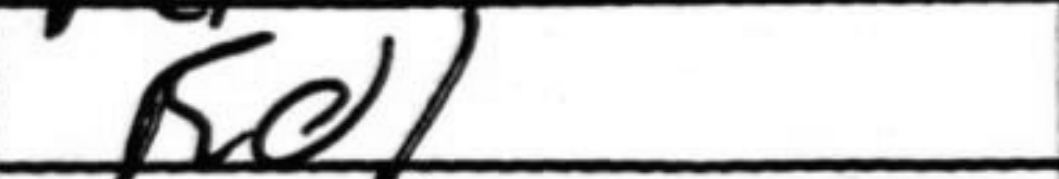
Transcription: Rd1